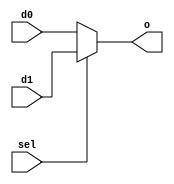
module hardcaml_lib_mux2 #(parameter b=1) 
(
    input sel,
    input [b-1:0] d0,
    input [b-1:0] d1,
    output [b-1:0] o
);
    assign o = sel ? d1 : d0;
endmodule